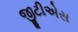
જીટીએસ